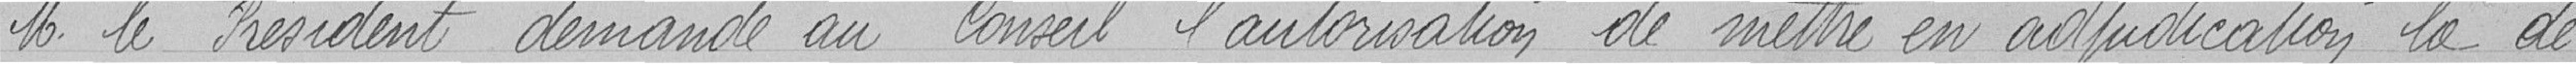
Monsieur le Président demande au Conseil l'autorisation de mettre en adjudication la dé-